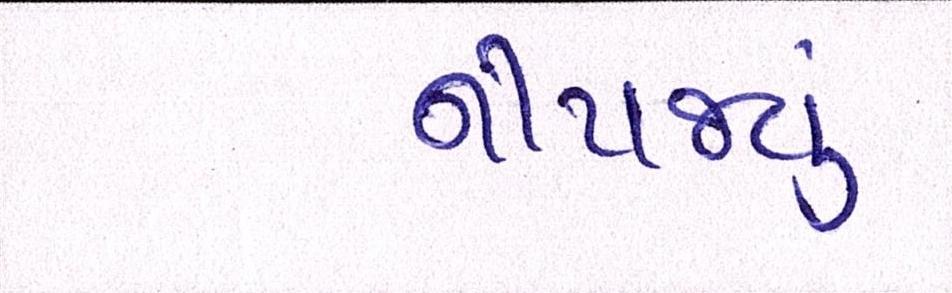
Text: નીપજ્યું